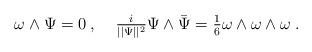
LaTeX: \begin{align*} \omega\wedge\Psi=0\:,\;\;\;\;\tfrac{i}{\vert\vert\Psi\vert\vert^2}\Psi\wedge\bar\Psi=\tfrac16\omega\wedge\omega\wedge\omega\:.\end{align*}